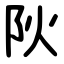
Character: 阦